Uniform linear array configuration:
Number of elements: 8
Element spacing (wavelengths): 0.25
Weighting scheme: uniform
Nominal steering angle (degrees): -15
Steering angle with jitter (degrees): -13.496
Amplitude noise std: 0.05
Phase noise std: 0.05

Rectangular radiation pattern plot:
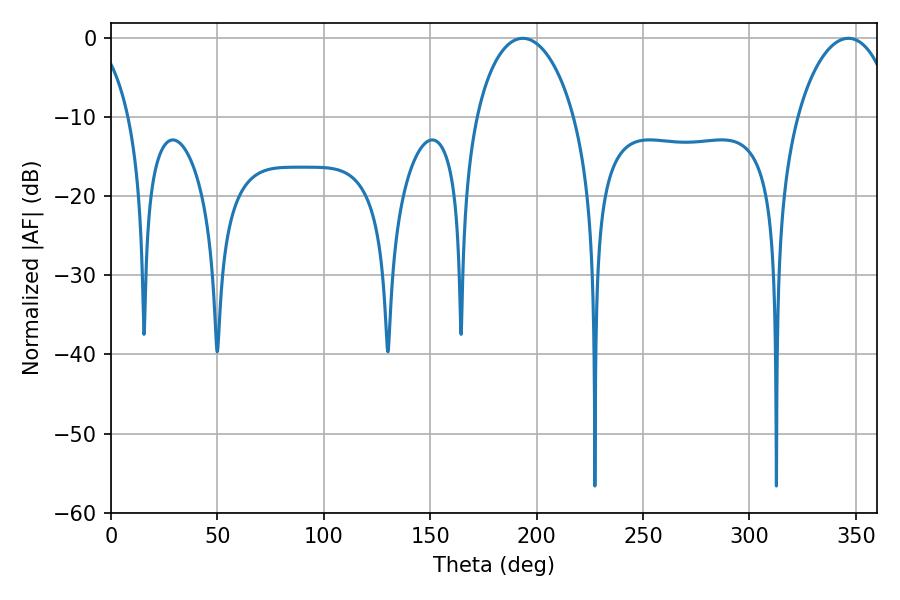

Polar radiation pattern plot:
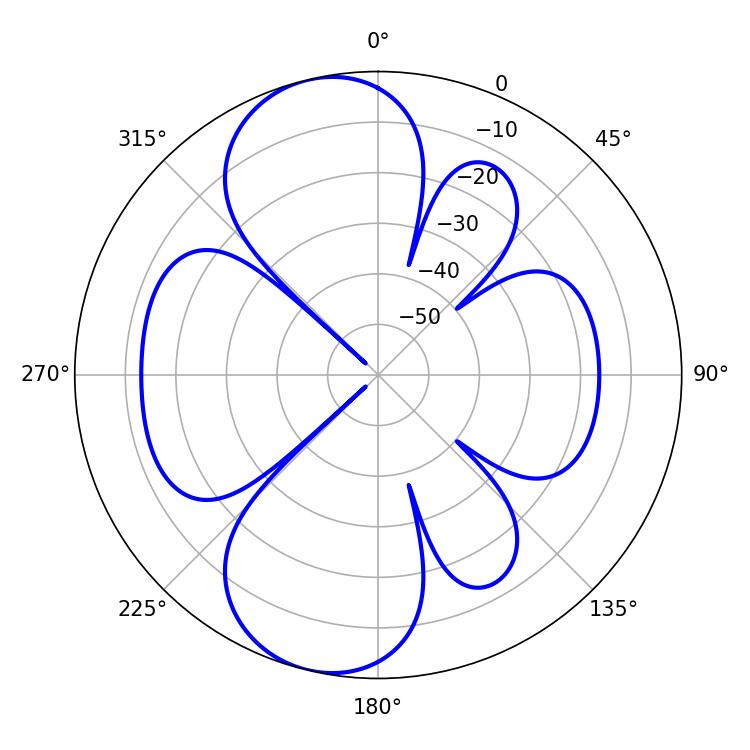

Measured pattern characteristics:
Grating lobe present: FALSE
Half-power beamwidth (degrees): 26.46
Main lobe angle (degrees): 193.5